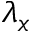
\lambda _ { x }